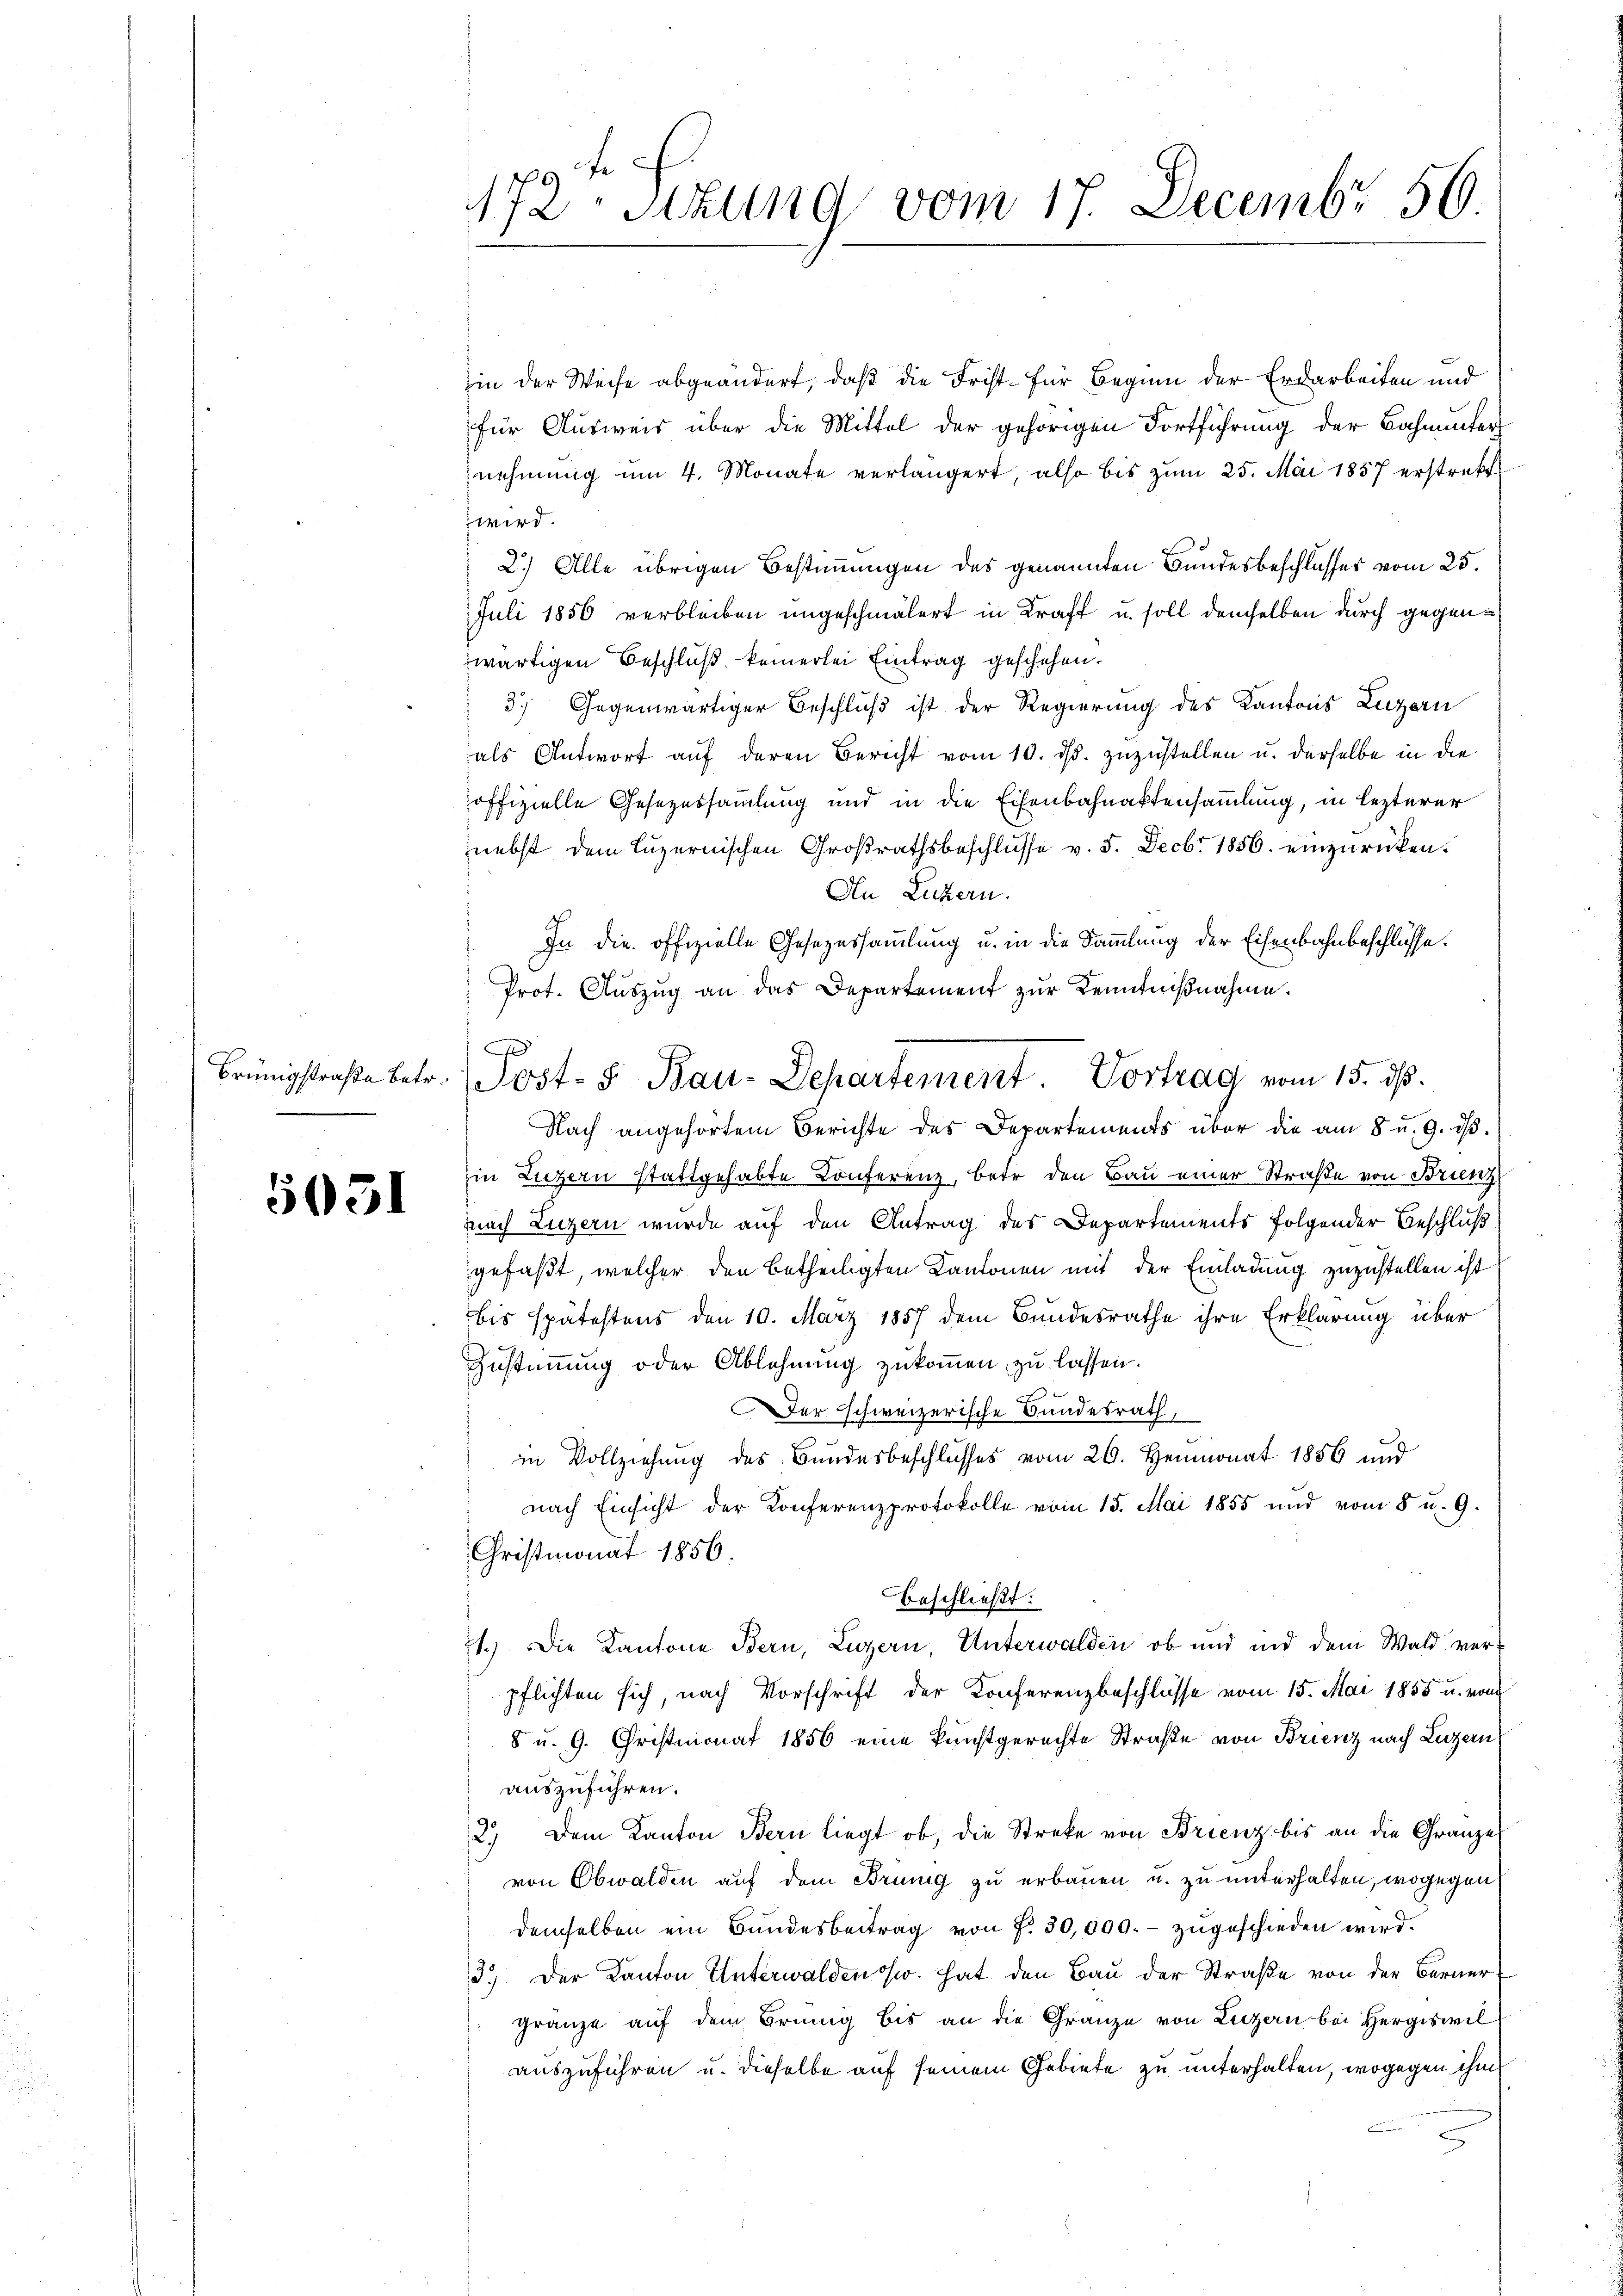
Brünigstraße betr.

5031

1172 Sizung vom 17. Decembr 56

in der Weise abgeändert, daß die Frist - für Beginn der Erdarbeiten und
für Ausweis über die Mittel der gehörigen Fortführung der Bahnunter
nehmung um 4. Monate verlängert, also bis zum 25. Mai 1857 erstrakt
wird.
2.) Alle übrigen Bestimmungen des genannten Bundesbeschlusses vom 25.
Juli 1856 verbleiben ungeschmälert in Kraft u. soll demselben durch gegenwärtigen Beschluß keinerlei Eintrag geschehen.
3.) Gegenwärtiger Beschluß ist der Regierung des Kantons Luzern
als Antwort auf deren Bericht vom 10. ds. zuzustellen u. derselbe in die
offizielle Gesezessammlung und in die Eisenbahnaktensammlung, in lezterer
nebst dem Luzernischen Großrathsbeschlusse v. 5. Decbr 1856 einzurücken.
An Luzern.
In die offizielle Gesezessammlung u. in die Sammlung der Eisenbahnbeschlüsse.
Prot. Aŭszŭg an das Departement zŭr Kenntnißnahme.
Nach angehörtem Berichte der Departements über die am 8 u. 9. dβ.
in Luzern stattgehabte Conferenz, betr den Bau einer Straße von Brunz
nach Luzern wurde auf den Antrag des Departements folgender Beschluß
gefaßt, welcher den betheiligten Kantonen mit der Einladung zuzustellen ist
bis spätestens den 10. März 1857 dem Bundesrathe ihre Erklärung über
Zustimmung oder Ablehnung zukommen, zu lassen.
Der schweizerische Bundesrath,
in Vollziehung des Bundesbeschlusses vom 20. Heumonat 1856 und
nach Einsicht der Konferenzprotokolle vom 15. Mai 1855 und vom 5 u. 9.
Christmonat 1856.
Beschließt:
71.) Die Kantone Bern, Luzern, Unterwalden, ob und und dem Wald verpflichten sich, nach Vorschrift der Konferenzbeschlüsse vom 15. Mai 1855 u. vom
8 u. 9. Christmonat 1856 eine kunstgerechte Straße von Brienz nach Luzern
auszuführen.
2.) Dem Kanton Bern liegt ob, die Streke von Brienz bis an die Gränze
von Obwalden auf dem Brung zu erbauen u. zu unterhalten, wogegen
demselben ein Bundesbeitrag von f. 30,000.- zugeschieden wird.
3.) Der Kanton Unterwaldensw. hat den Bau der Straße von der Berner
gränze auf dem Brung bis an die Gränze von Luzern bei Hergiswil
auszuführen u. dieselbe auf seinem Gebiete zu unterhalten, wogegen ihm

d
Post- u Bau-Departement Vortrag vom 15. dß.